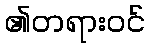
၏တရားဝင်